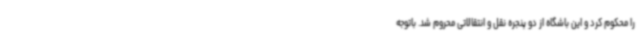
را محکوم کرد و این باشگاه از دو پنجره نقل و انتقالاتی محروم شد. باتوجه